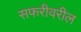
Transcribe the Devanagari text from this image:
सफरीवरील